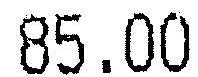
85.00